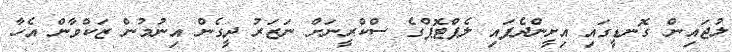
ލުޖައިން ގޮނޑީގައި އިށީންދެފައި ލެޕްޓޮޕްގެ ސްކްރީނަށް ނަޒަރު ދީގެން އިނުމުން ޒަކްވާން އެހާ